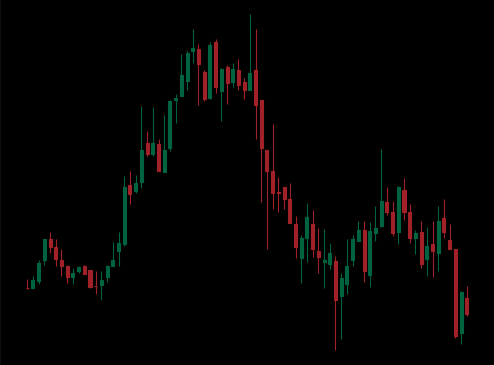
Pattern: head_shoulders